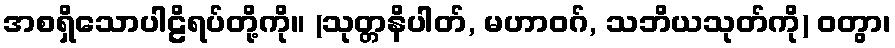
အစရှိသောပါဠိရပ်တို့ကို။ (သုတ္တနိပါတ်, မဟာဝဂ်, သဘိယသုတ်ကို) ဝတွာ၊